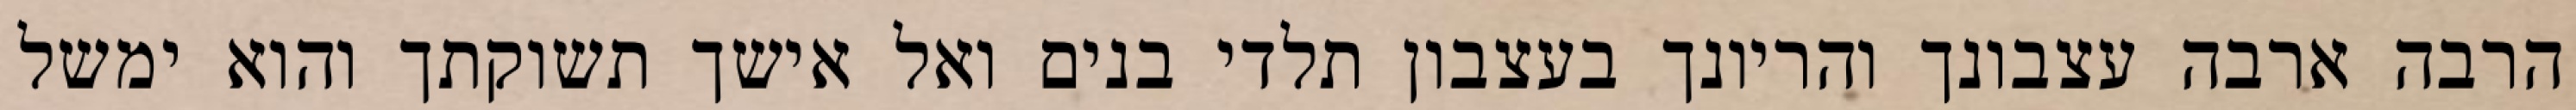
הרבה ארבה עצבונך והריונך בעצבון תלדי בנים ואל אישך תשוקתך והוא ימשל